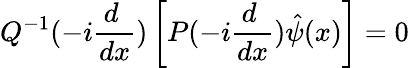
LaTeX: Q^{-1}(-i\frac{d~}{dx})\left[P(-i\frac{d~}{dx})\hat{\psi}(x)\right]=0